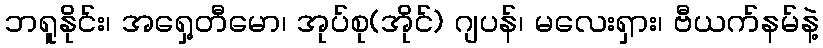
ဘရူနိုင်း၊ အရှေ့တီမော၊ အုပ်စု(အိုင်) ဂျပန်၊ မလေးရှား၊ ဗီယက်နမ်နဲ့